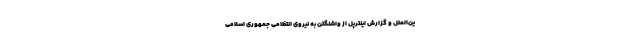
ین‌الملل و گزارش اینترپل از واشنگتن به نیروی انتظامی جمهوری اسلامی